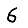
Digit: 6